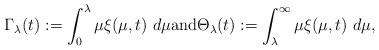
LaTeX: \begin{align*}\Gamma_{\lambda}(t):=\int_{0}^{\lambda}\mu\xi(\mu,t)\ d\mu \mbox{and}\Theta_{\lambda}(t):=\int_{\lambda}^{\infty}\mu\xi(\mu,t)\ d\mu,\end{align*}